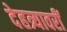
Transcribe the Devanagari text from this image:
देहत्र्यावरीं